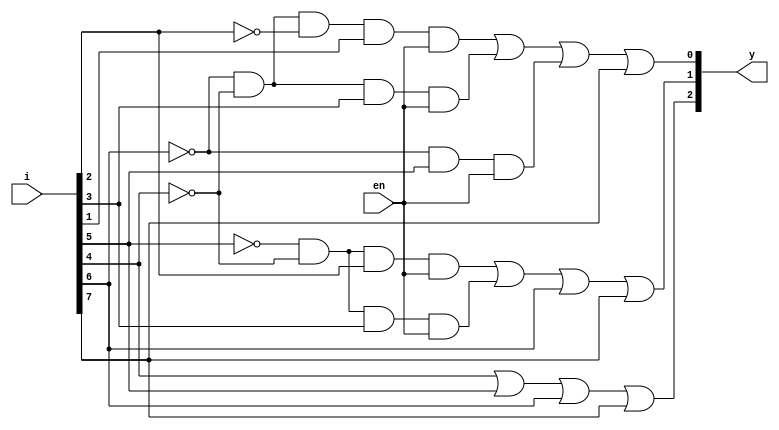
module priorityencoder(i,en,y);
input en;
input [7:0]i;
output [2:0]y;
wire a1,a2,a3,a4,a5;

and o1 (a1,~i[6],~i[4],~i[2],i[1],en);
and o2 (a2,~i[6],~i[4],i[3],en);
and o3 (a3,~i[6],i[5],en);
and o4 (a4,~i[5],~i[4],i[2],en);
and o5 (a5,~i[5],~i[4],i[3],en);
or or1 (y[0],a1,a2,a3,i[7]);
or or2 (y[1],a4,a5,i[6],i[7]);
or or3 (y[2],i[4],i[5],i[6],i[7]);
endmodule